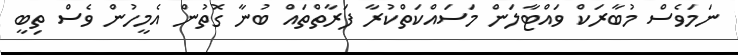
ނަމަވެސް މުބާރަކް ވައްޓާލަން މަސައްކަތްކުރާ ފަރާތްތައް ބުނާ ގޮތުން އެމީހުން ވެސް ތިބީ